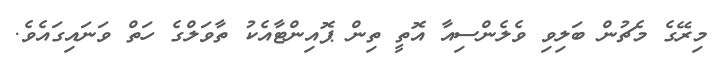
މިރޭގެ މެޗުން ބަލިވި ވެލެންސިއާ އޮތީ ތިން ޕޮއިންޓާއެކު ތާވަލްގެ ހަތް ވަނައިގައެވެ.